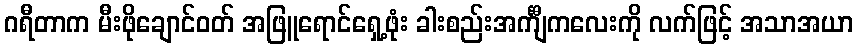
ဂရီတာက မီးဖိုချောင်ဝတ် အဖြူရောင်ရှေ့ဖုံး ခါးစည်းအင်္ကျီကလေးကို လက်ဖြင့် အသာအယာ